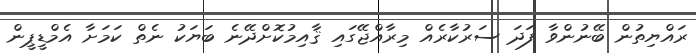
ރައްޔިތުން ބޭނުންވާ ފަދަ ސަރުކާރެއް މިރާއްޖޭގައި ޤާއިމުކޮށްދޭނެ ބަޔަކު ނެތް ކަމަށާ އެމްޑީޕީން